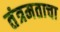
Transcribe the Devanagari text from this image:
तंत्रमताचा